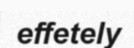
effetely